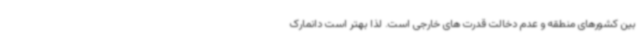
بین کشورهای منطقه و عدم دخالت قدرت های خارجی است. لذا بهتر است دانمارک